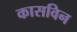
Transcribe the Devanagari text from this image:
कासविन